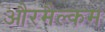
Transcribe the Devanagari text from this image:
औरमैल्कम